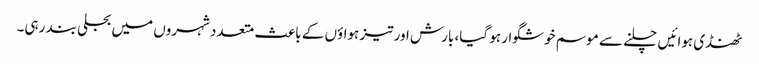
ٹھنڈی ہوائیں چلنے سے موسم خوشگوار ہو گیا، بارش اور تیز ہواؤں کے باعث متعدد شہروں میں بجلی بند رہی۔